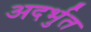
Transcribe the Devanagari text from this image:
अदर्भुत